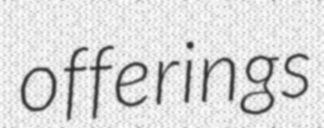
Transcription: offerings